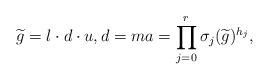
LaTeX: \begin{align*}\widetilde {g}=l\cdot d \cdot u,d=ma=\prod_{j=0}^r\sigma_j(\widetilde { g})^{h_j},\end{align*}